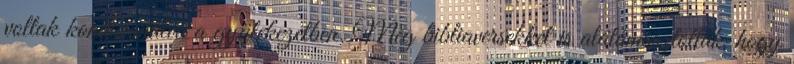
voltak kondicionálva a gyülekezetben. Még bibliaversekkel is alátámasztották, hogy